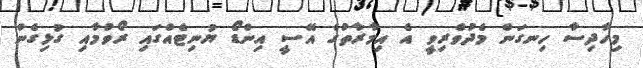
މިހާދިސާ ހިނގަން މެދުވެރިވީ އެ އިމާރާތުގެ އޭސީ އިންޑޯ ޔުނިޓެއްގައި ރޯވުމާއި ގުޅިގެން